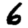
Digit: 6